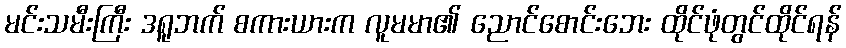
မင်းသမီးကြီး ဒရူဘက် စကားယားက လူမမာ၏ ညောင်စောင်းဘေး ထိုင်ဖုံတွင်ထိုင်ရန်